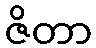
ဇိတာ